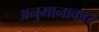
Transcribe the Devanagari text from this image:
अनुमानाकार